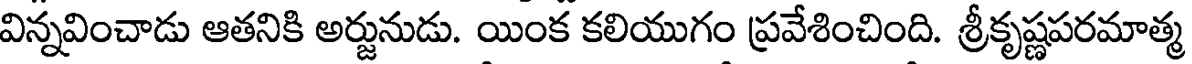
విన్నవించాడు ఆతనికి అర్జునుడు. యింక కలియుగం ప్రవేశించింది. శ్రీకృష్ణపరమాత్మ